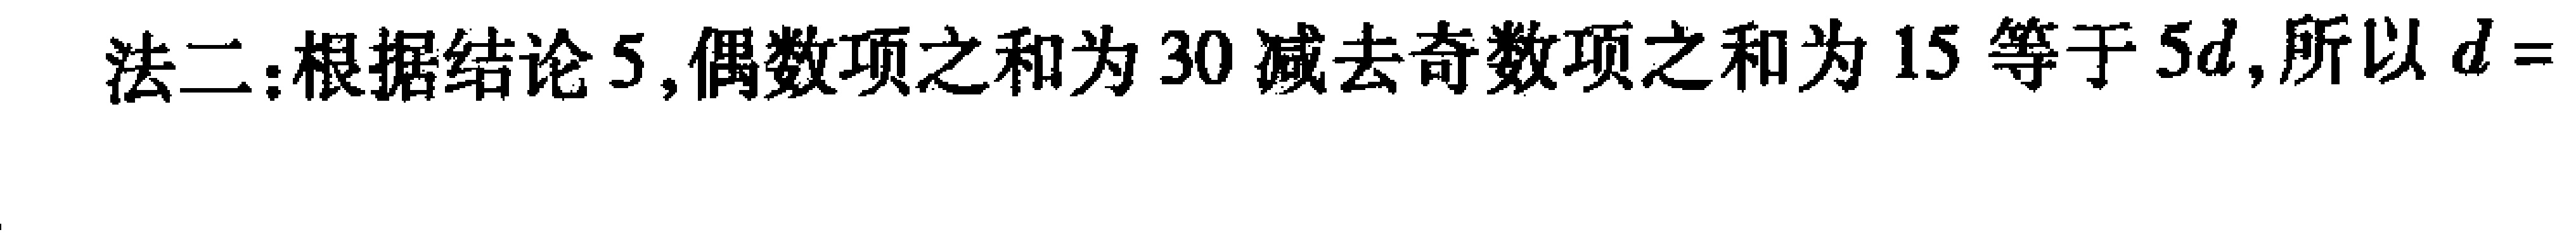
法二：根据结论5,偶数项之和为30减去奇数项之和为15等于\(5d\),所以\(d =\)